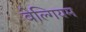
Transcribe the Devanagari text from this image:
बेल्गियम